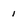
Character: 1